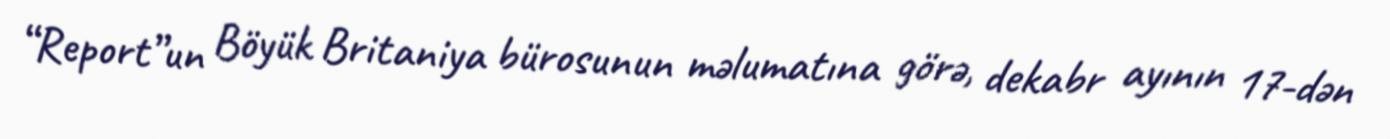
“Report”un Böyük Britaniya bürosunun məlumatına görə, dekabr ayının 17-dən